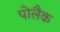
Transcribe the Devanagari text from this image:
पोलैक